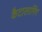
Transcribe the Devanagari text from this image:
कैटालागिंग